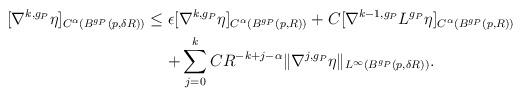
LaTeX: \begin{align*}[\nabla^{k,g_P}\eta]_{C^{\alpha}(B^{g_P}(p,\delta R))} \leq \;&{\epsilon[\nabla^{k,g_P}\eta]_{C^{\alpha}(B^{g_P}(p,R))}} + C [\nabla^{k-1,g_P}L^{g_P} \eta]_{C^{\alpha}(B^{g_P}(p,R))}\\ &{+}\sum_{j=0}^k CR^{-k+j-\alpha}\|\nabla^{j,g_P}\eta\|_{L^\infty(B^{g_P}(p,\delta R))}.\end{align*}